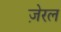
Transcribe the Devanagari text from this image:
ज़ेरल